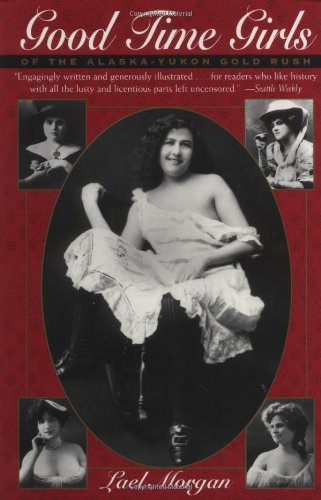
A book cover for Good Time Girls of the Alaska-Yukon Gold Rush: Secret History of the Far North; Lael Morgan; Biographies & Memoirs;